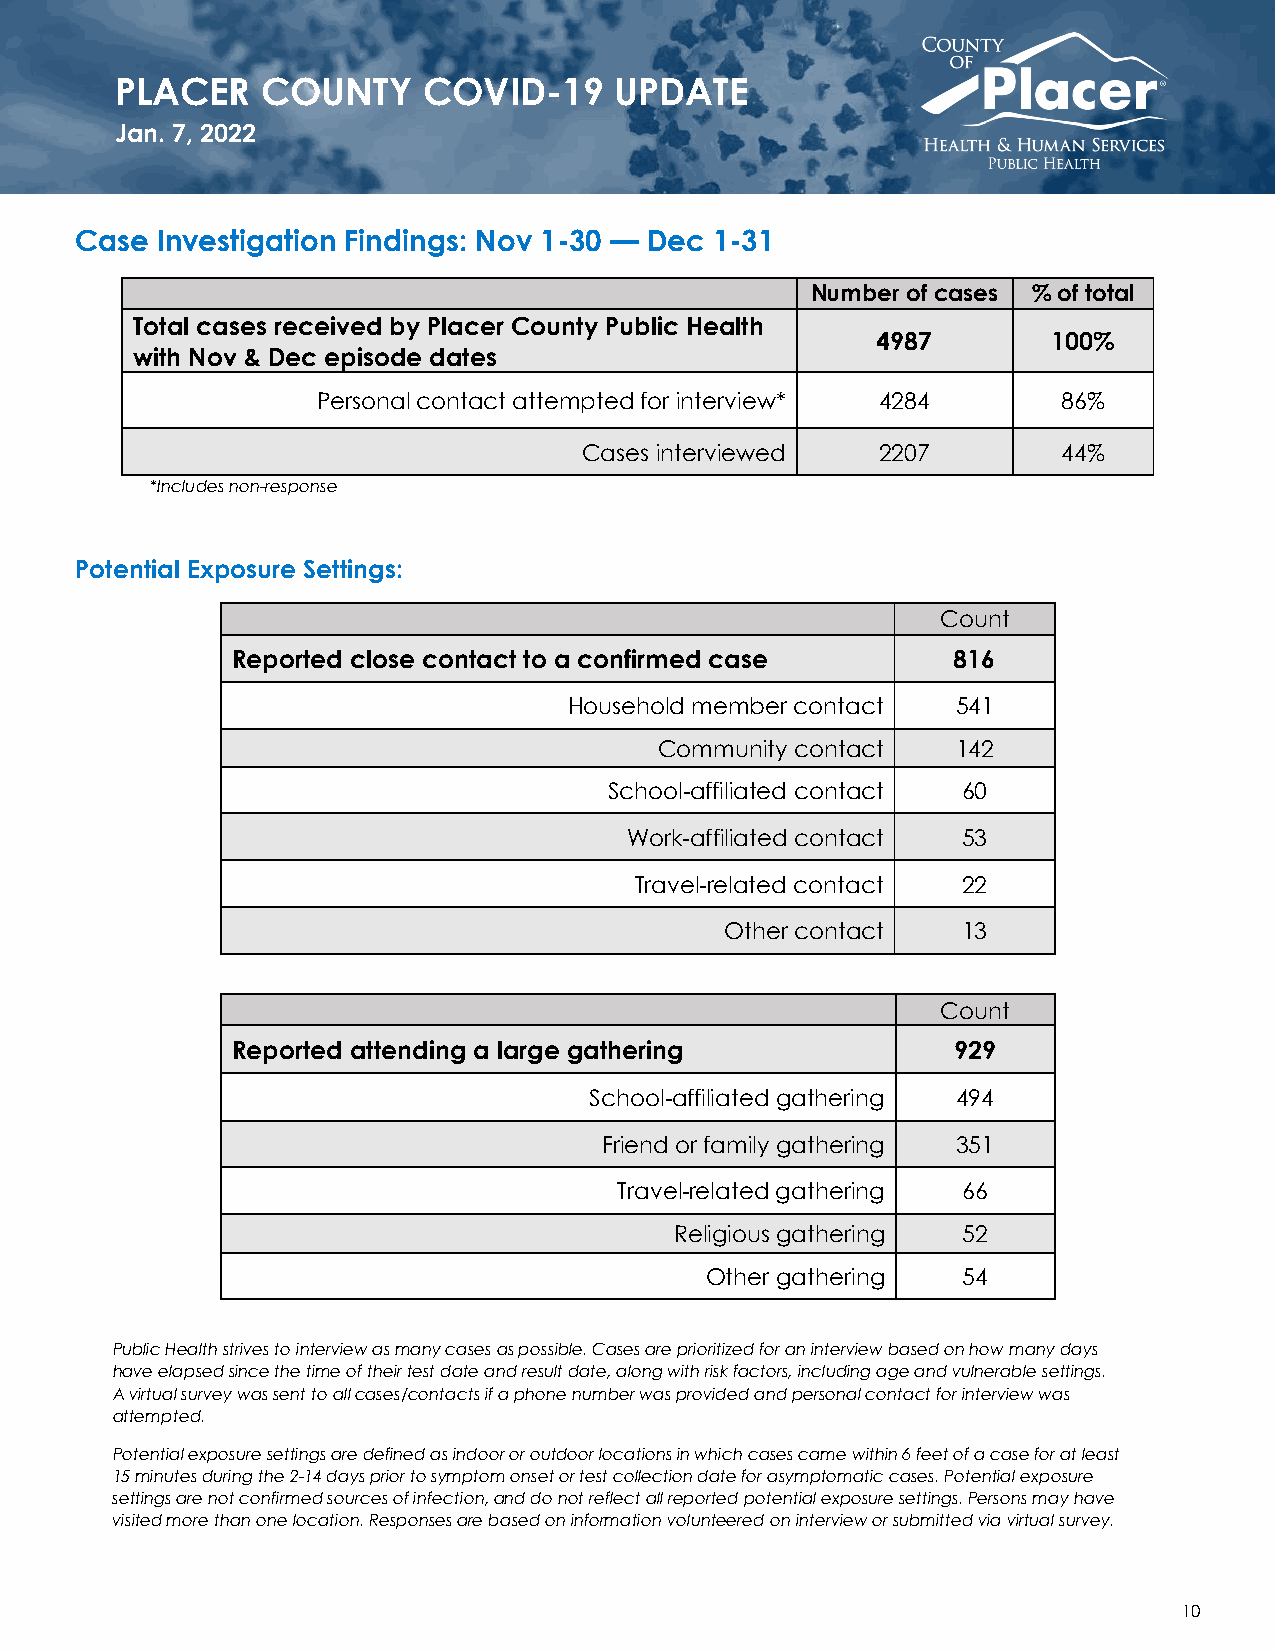
PLACER   COUNTY     COVID-19     UPDATE
 Jan. 7, 2022
 Case Investigation Findings: Nov 1-30 — Dec 1-31
 Number of cases % of total
 Total cases received by Placer County Public Health
 4987        100%
 with Nov & Dec episode dates
 Personal contact attempted for interview* 4284   86%
 Cases interviewed  2207        44%
 *Includes non-response
 Potential Exposure Settings:
 Count
 Reported close contact to a confirmed case      816
 Household member contact 541
 Community contact  142
 School-affiliated contact 60
 Work-affiliated contact 53
 Travel-related contact 22
 Other contact   13
 Count
 Reported attending a large gathering            929
 School-affiliated gathering 494
 Friend or family gathering 351
 Travel-related gathering 66
 Religious gathering 52
 Other gathering  54
 Public Health strives to interview as many cases as possible. Cases are prioritized for an interview based on how many days
 have elapsed since the time of their test date and result date, along with risk factors, including age and vulnerable settings.
 A virtual survey was sent to all cases/contacts if a phone number was provided and personal contact for interview was
 attempted.
 Potential exposure settings are defined as indoor or outdoor locations in which cases came within 6 feet of a case for at least
 15 minutes during the 2-14 days prior to symptom onset or test collection date for asymptomatic cases. Potential exposure
 settings are not confirmed sources of infection, and do not reflect all reported potential exposure settings. Persons may have
 visited more than one location. Responses are based on information volunteered on interview or submitted via virtual survey.
 10